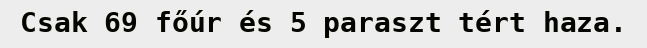
Csak 69 főúr és 5 paraszt tért haza.